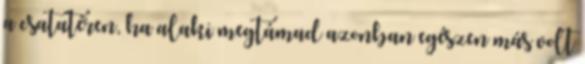
a csatatéren, ha alaki megtámad azonban egészen más volt